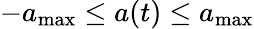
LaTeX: -a_{\mathrm{max}}\leq a(t)\leq a_{\mathrm{max}}